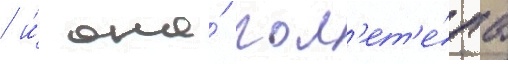
/ и́ она́ пол'ет'е́ла